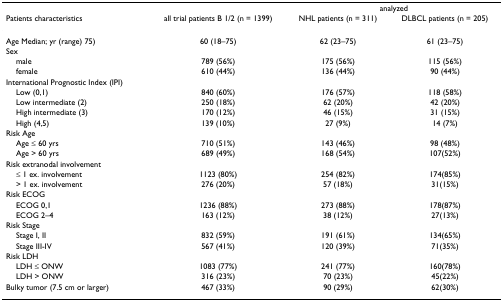
|  |  | <COLSPAN=2> analyzed |
 | Patients characteristics | all trial patients B 1/2 (n = 1399) | NHL patients (n = 311) | DLBCL patients (n = 205) |
 | --- | --- | --- | --- |
 | Age Median; yr (range) 75) | 60 (18–75) | 62 (23–75) | 61 (23–75) |
 | Sex |  |  |  |
 | male | 789 (56%) | 175 (56%) | 115 (56%) |
 | female | 610 (44%) | 136 (44%) | 90 (44%) |
 | International Prognostic Index (IPI) |  |  |  |
 | Low (0,1) | 840 (60%) | 176 (57%) | 118 (58%) |
 | Low intermediate (2) | 250 (18%) | 62 (20%) | 42 (20%) |
 | High intermediate (3) | 170 (12%) | 46 (15%) | 31 (15%) |
 | High (4,5) | 139 (10%) | 27 (9%) | 14 (7%) |
 | Risk Age |  |  |  |
 | Age ≤ 60 yrs | 710 (51%) | 143 (46%) | 98 (48%) |
 | Age > 60 yrs | 689 (49%) | 168 (54%) | 107(52%) |
 | Risk extranodal involvement |  |  |  |
 | ≤ 1 ex. involvement | 1123 (80%) | 254 (82%) | 174(85%) |
 | > 1 ex. involvement | 276 (20%) | 57 (18%) | 31(15%) |
 | Risk ECOG |  |  |  |
 | ECOG 0,1 | 1236 (88%) | 273 (88%) | 178(87%) |
 | ECOG 2–4 | 163 (12%) | 38 (12%) | 27(13%) |
 | Risk Stage |  |  |  |
 | Stage I, II | 832 (59%) | 191 (61%) | 134(65%) |
 | Stage III-IV | 567 (41%) | 120 (39%) | 71(35%) |
 | Risk LDH |  |  |  |
 | LDH ≤ ONW | 1083 (77%) | 241 (77%) | 160(78%) |
 | LDH > ONW | 316 (23%) | 70 (23%) | 45(22%) |
 | Bulky tumor (7.5 cm or larger) | 467 (33%) | 90 (29%) | 62(30%) |